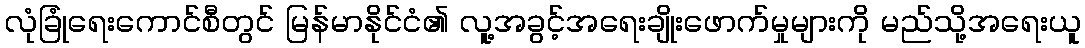
လုံခြုံရေးကောင်စီတွင် မြန်မာနိုင်ငံ၏ လူ့အခွင့်အရေးချိုးဖောက်မှုများကို မည်သို့အရေးယူ